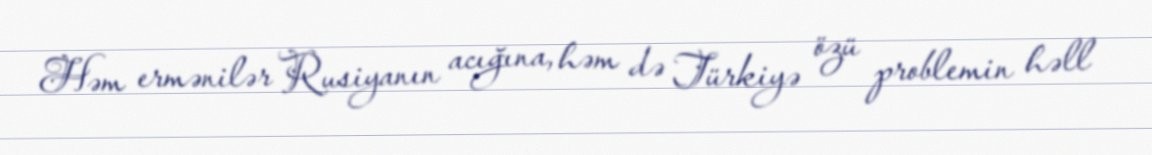
Həm ermənilər Rusiyanın acığına, həm də Türkiyə özü problemin həll